Riigikantselei, lk 145
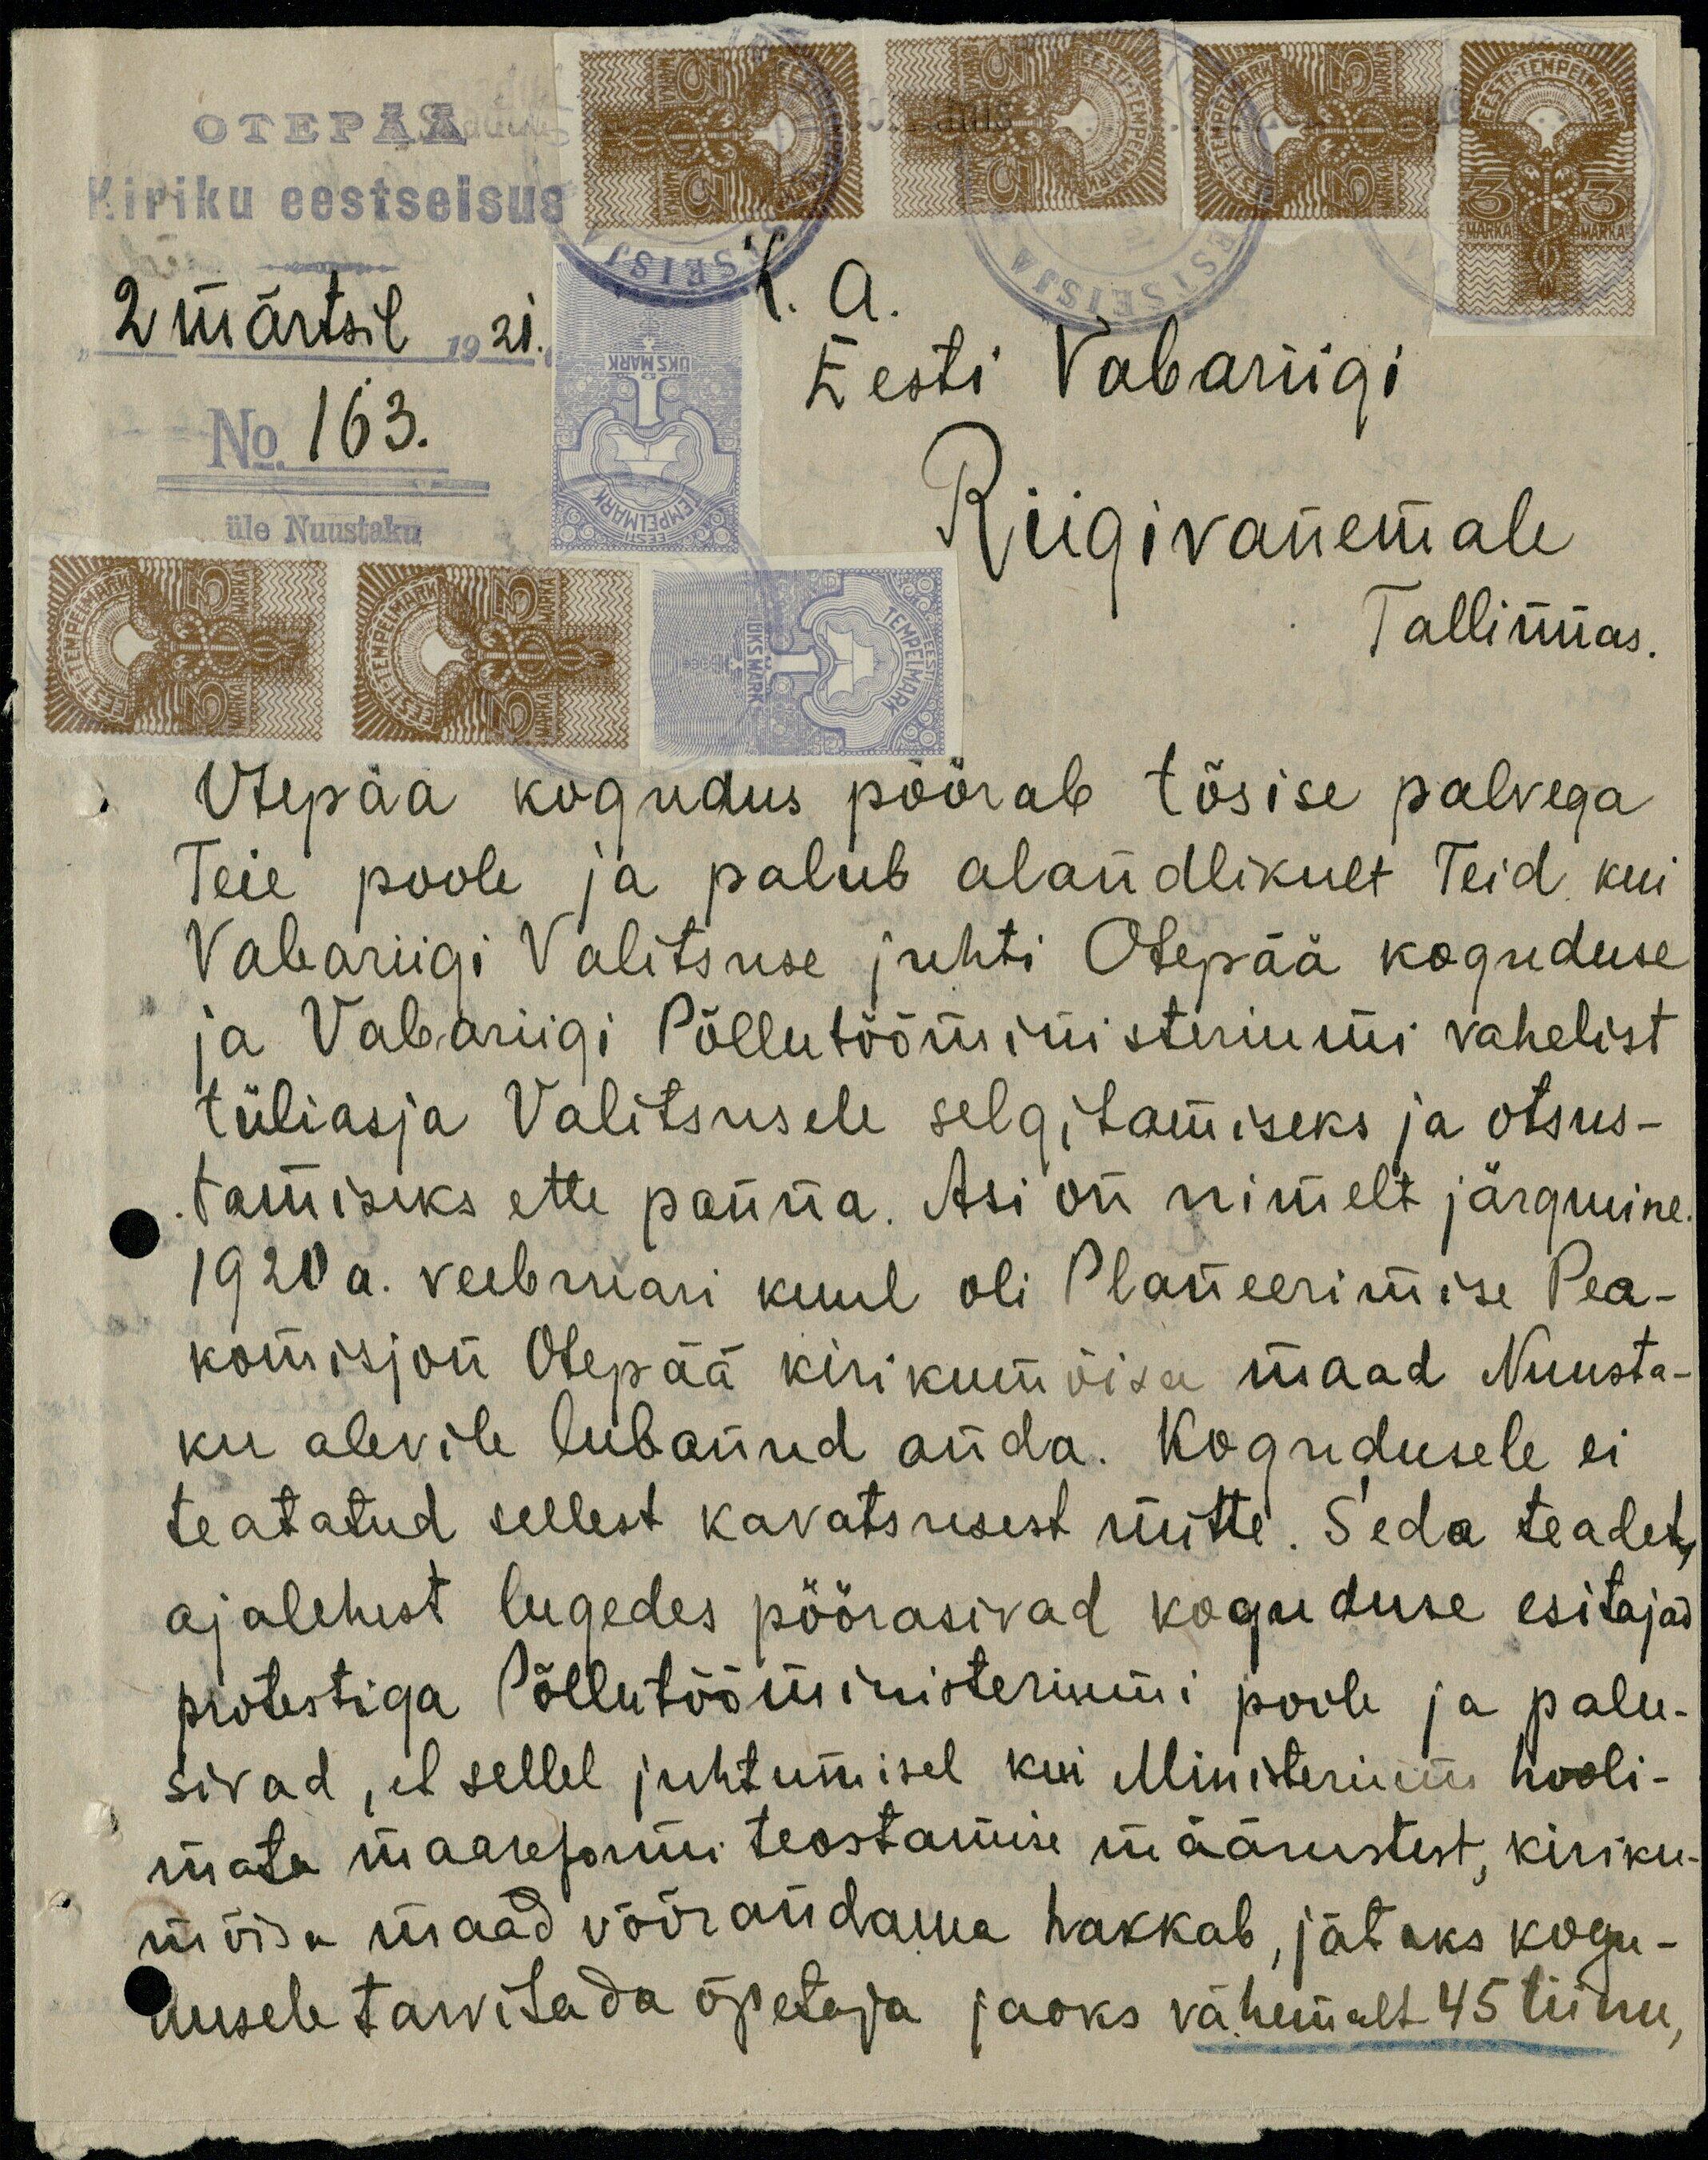
OTEPÄÄ
Kiriku eestseisus
2 märtsil 1921.
K. a.
No. 163.
Eesti Vabariigi
Riigivanemale
üle Nuustaku
Tallinnas.
Otepää kogudus pöörab tõsise palvega
Teie poole ja palub alandlikult Teid kui
Vabariigi Valitsuse juhti Otepää koguduse
ja Vabariigi Põllutööministeriumi vahelist
tüliasja Valitsusele selgitamiseks ja otsus-
tamiseks ette panna. Asi on nimelt järgmine.
1920 a. veebruari kuul oli Planeerimise Pea-
komisjon Olepää kirikumõisa maad Nuusta-
ku alevile lubanud anda. Kogudusele ei
teatatud sellest kavatsusest mitte. Seda teadet
ajalehest lugedes pöörasivad koguduse esitajad
protestiga Põllutööministeriumi poole ja palu-
sivad, et sellel juhtumisel kui Ministeriumi hooli-
mata maareformi teostamise määrustest, kiriku-
mõisa maad võõrandama hakkab, jätaks kogu-
dusele tarvitada õpetaja jaoks vähemalt 45 tiinu,